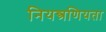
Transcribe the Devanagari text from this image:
नियन्त्रणियता